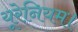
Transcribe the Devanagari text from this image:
यूरेनियम।